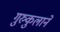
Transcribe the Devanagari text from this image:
गुरुकुलाने